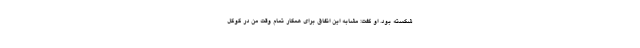
شکسته بود. او گفت: مشابه این اتفاق برای همکار تمام وقت من در گوگل